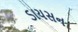
ડાયસન